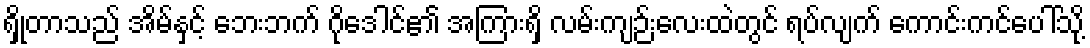
ရှိုတာသည် အိမ်နှင့် ဘေးဘက် ဂိုဒေါင်၏ အကြားရှိ လမ်းကျဉ်းလေးထဲတွင် ရပ်လျက် ကောင်းကင်ပေါ်သို့